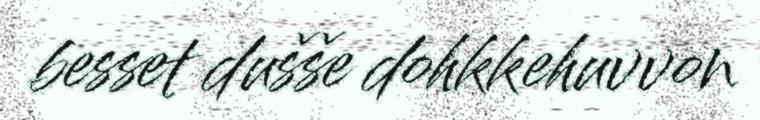
besset dušše dohkkehuvvon